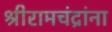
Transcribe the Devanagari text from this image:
श्रीरामचंद्रांना